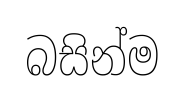
බසින්ම